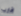
اقارب